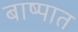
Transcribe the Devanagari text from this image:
बाष्पात